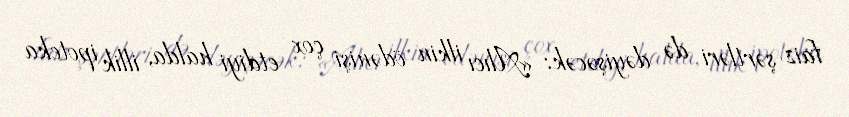
faiz şərtləri də dəyişəcək: «Alıcı ilkin ödənişi çox etdiyi halda, illik ipoteka